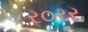
ર૦રર